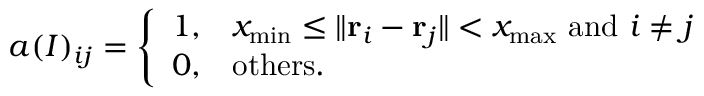
a ( I ) _ { i j } = \left\{ \begin{array} { l l } { 1 , } & { x _ { \mathrm { m i n } } \leq \| { \bf r } _ { i } - { \bf r } _ { j } \| < x _ { \mathrm { m a x } } ~ \mathrm { a n d } ~ i \neq j } \\ { 0 , } & { \mathrm { { o t h e r s } . } } \end{array} \right.